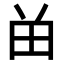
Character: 𬎿